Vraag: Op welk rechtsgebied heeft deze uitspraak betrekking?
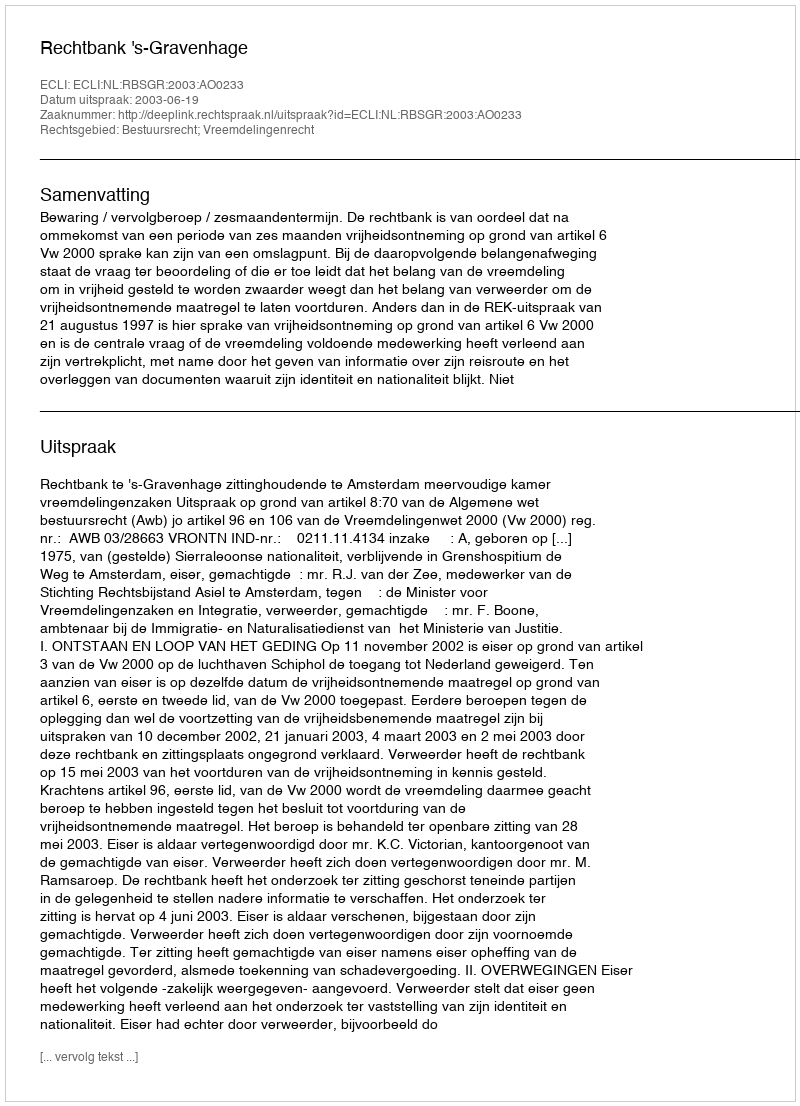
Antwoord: Bestuursrecht; Vreemdelingenrecht